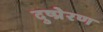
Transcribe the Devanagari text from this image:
दुष्प्रेरण